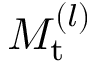
M _ { \mathrm { t } } ^ { ( l ) }